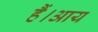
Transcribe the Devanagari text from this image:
हैं।आय